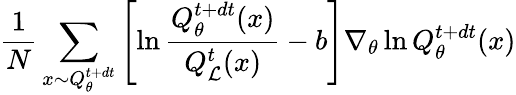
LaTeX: \frac{1}{N}\sum_{x\sim Q_{\theta}^{t+dt}}\left[\ln\frac{Q_{\theta}^{t+dt}(x)}{Q_{\mathcal{L}}^{t}(x)}-b\right]\nabla_{\theta}\ln Q_{\theta}^{t+dt}(x)